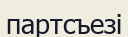
партсъезі